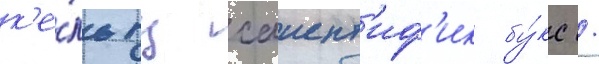
к'е́льтц саиент'иф'ик бу́кс /